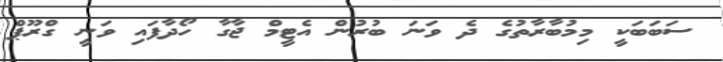
ސަބަބަކީ މިމުބާރާތުގެ ދެ ވަނަ ބުރުން އެޓީމް ޖާގާ ހޯދާފައި ވަނީ ގްރޫޕް